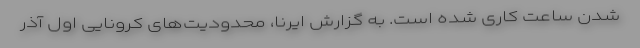
شدن ساعت کاری شده است. به گزارش ایرنا، محدودیت‌های کرونایی اول آذر